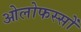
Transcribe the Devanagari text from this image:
ओलोफस्सों